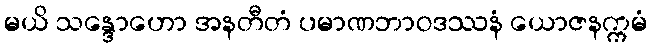
မယိ သန္ဒောဟော အနတီတံ ပမာဏဘာဝဒဿနံ ယောဇနက္ကမံ